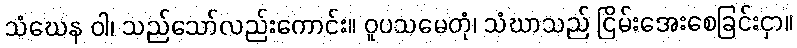
သံဃေန ဝါ၊ သည်သော်လည်းကောင်း။ ဝူပသမေတုံ၊ သံဃာသည် ငြိမ်းအေးစေခြင်းငှာ။